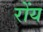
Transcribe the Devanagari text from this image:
रोंय